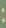
: